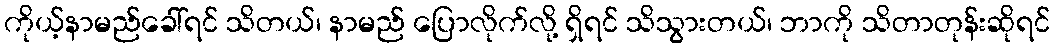
ကိုယ့်နာမည်ခေါ်ရင် သိတယ်၊ နာမည် ပြောလိုက်လို့ ရှိရင် သိသွားတယ်၊ ဘာကို သိတာတုန်းဆိုရင်